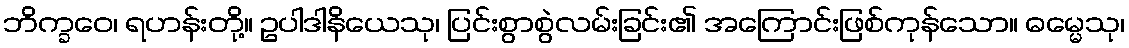
ဘိက္ခဝေ၊ ရဟန်းတို့။ ဥပါဒါနိယေသု၊ ပြင်းစွာစွဲလမ်းခြင်း၏ အကြောင်းဖြစ်ကုန်သော။ ဓမ္မေသု၊